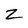
Character: Z